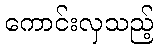
ကောင်းလှသည့်